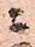
ニ